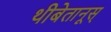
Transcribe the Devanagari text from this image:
थीबेतानूस्